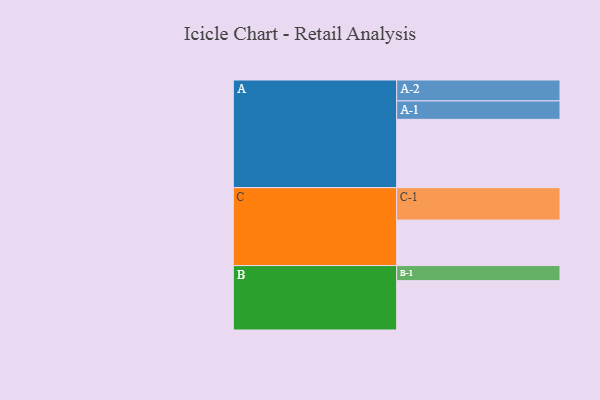
{"axis": {"x": "Segment", "y": "Value"}, "legend": ["", "A", "B", "C"], "data": [{"x": "A", "y": 545, "type": ""}, {"x": "B", "y": 394, "type": ""}, {"x": "C", "y": 363, "type": ""}, {"x": "A-1", "y": 147, "type": "A"}, {"x": "A-2", "y": 167, "type": "A"}, {"x": "B-1", "y": 120, "type": "B"}, {"x": "C-1", "y": 259, "type": "C"}]}